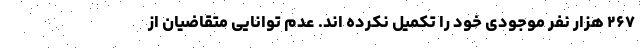
۲۶۷ هزار نفر موجودی خود را تکمیل نکرده اند. عدم توانایی متقاضیان از